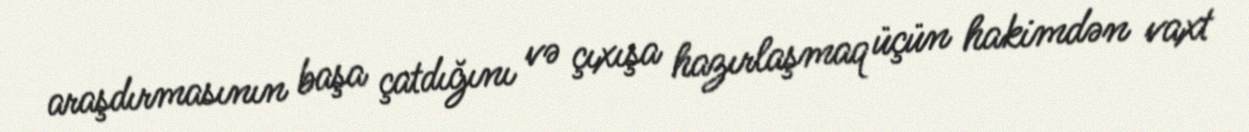
araşdırmasının başa çatdığını və çıxışa hazırlaşmaq üçün hakimdən vaxt